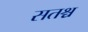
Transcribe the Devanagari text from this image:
सतश्च